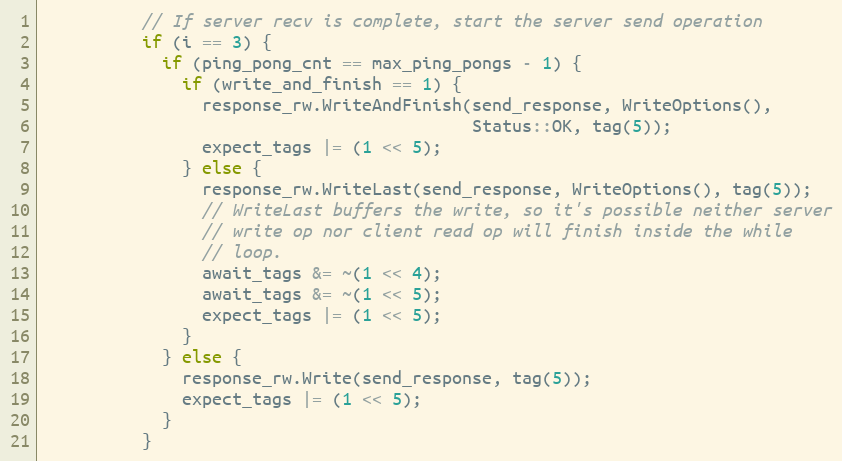
Language: C
          // If server recv is complete, start the server send operation
          if (i == 3) {
            if (ping_pong_cnt == max_ping_pongs - 1) {
              if (write_and_finish == 1) {
                response_rw.WriteAndFinish(send_response, WriteOptions(),
                                           Status::OK, tag(5));
                expect_tags |= (1 << 5);
              } else {
                response_rw.WriteLast(send_response, WriteOptions(), tag(5));
                // WriteLast buffers the write, so it's possible neither server
                // write op nor client read op will finish inside the while
                // loop.
                await_tags &= ~(1 << 4);
                await_tags &= ~(1 << 5);
                expect_tags |= (1 << 5);
              }
            } else {
              response_rw.Write(send_response, tag(5));
              expect_tags |= (1 << 5);
            }
          }